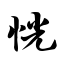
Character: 恍